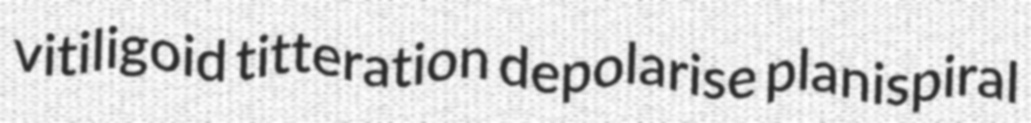
vitiligoid titteration depolarise planispiral